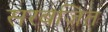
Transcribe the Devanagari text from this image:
सरबजित